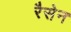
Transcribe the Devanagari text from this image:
रैसेन